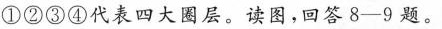
①②③④代表四大圈层。读图，回答8-9题。